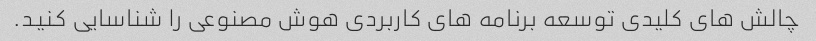
چالش های کلیدی توسعه برنامه های کاربردی هوش مصنوعی را شناسایی کنید.